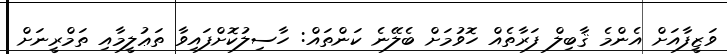
ވަޒީފާއަށް އެންމެ ޤާބިލް ފަރާތެއް ހޮވުމަށް ބެލޭނެ ކަންތައް: ހާސިލުކޮށްފައިވާ ތަޢުލީމާއި ތަމްރީނަށް